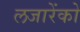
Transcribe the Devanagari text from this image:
लजारेंको